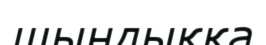
шындыққа